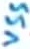
Text: VSS